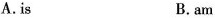
A.is B. am